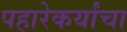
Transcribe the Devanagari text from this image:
पहारेकर्यांचा